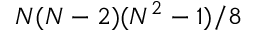
N ( N - 2 ) ( N ^ { 2 } - 1 ) / 8